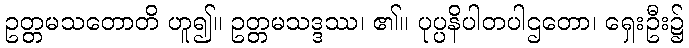
ဥတ္တမသတောတိ ဟူ၍။ ဥတ္တမသဒ္ဒဿ၊ ၏။ ပုပ္ပနိပါတပါဌတော၊ ရှေးဦး၌